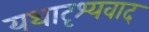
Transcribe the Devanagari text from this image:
यथादृश्यवाद